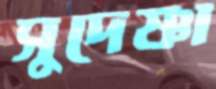
সুদেষ্ণা